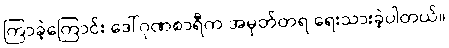
ကြာခဲ့ကြောင်း ဒေါ်ဂုဏစာရီက အမှတ်တရ ရေးသားခဲ့ပါတယ်။